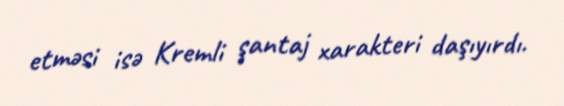
etməsi isə Kremli şantaj xarakteri daşıyırdı.